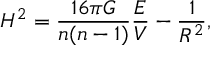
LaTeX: H ^ { 2 } = \frac { 1 6 \pi G } { n ( n - 1 ) } \frac { E } { V } - \frac { 1 } { R ^ { 2 } } ,